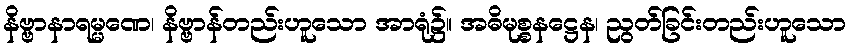
နိဗ္ဗာနာရမ္မဏေ၊ နိဗ္ဗာန်တည်းဟူသော အာရုံ၌။ အဓိမုစ္စနဋ္ဌေန၊ ညွတ်ခြင်းတည်းဟူသော